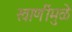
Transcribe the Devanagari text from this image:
खाणींमुळे